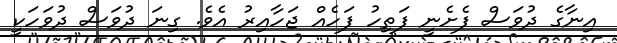
އިނާގެ ދުވަސް ފެށެނީ ފަތިހު ފަހެއް ޖަހާއިރު އެވެ. ގިނަ ދުވަސް ދުވަހަކީ